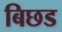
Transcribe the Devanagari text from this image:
बिछड